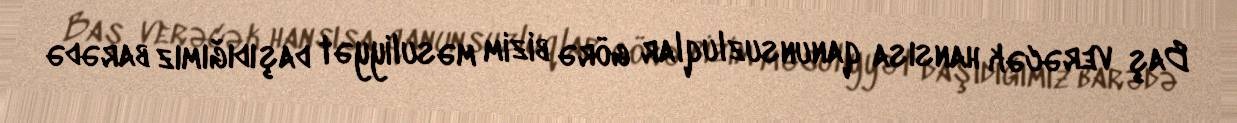
Baş verəcək hansısa qanunsuzluqlar görə bizim məsuliyyət daşıdığımız barədə